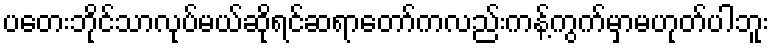
ပတေးဘိုင်သာလုပ်မယ်ဆိုရင်ဆရာတော်ကလည်းကန့်ကွက်မှာမဟုတ်ပါဘူး